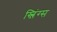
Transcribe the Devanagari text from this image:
स्लिंग्स